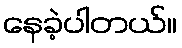
နေခဲ့ပါတယ်။